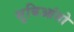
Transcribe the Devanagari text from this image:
सुबिआंतो